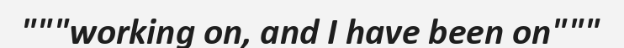
"""working on, and I have been on"""